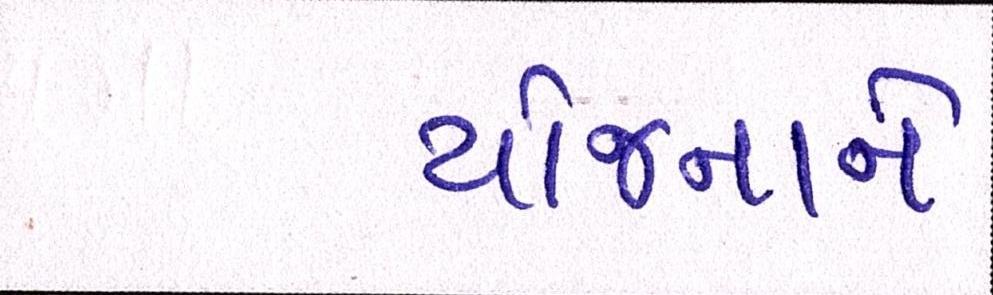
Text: યોજનાને